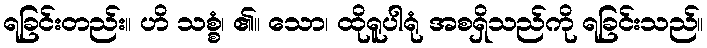
ရခြင်းတည်း။ ဟိ သစ္စံ၊ ၏။ သော၊ ထိုရူပါရုံ အစရှိသည်ကို ရခြင်းသည်။